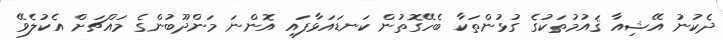
ދެކުނު އޭޝިއާ ޤައުމުތަކުގެ ގުޅުންތަކާ ބެހޭގޮތުން ކަނޑައަޅާފައި އޮންނަ މަންދޫބުންގެ މައްޗަށް އެކުލެވޭ